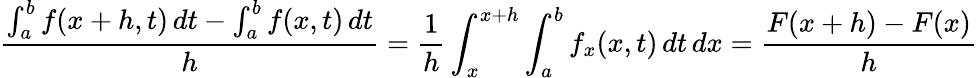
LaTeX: {\frac{\int_{a}^{b}f(x+h,t)\, dt-\int_{a}^{b}f(x,t)\, dt}{h}}={\frac{1}{h}}\int_{x}^{x+h}\int_{a}^{b}f_{x}(x,t)\, dt\, dx={\frac{F(x+h)-F(x)}{h}}